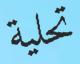
تحلية